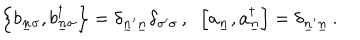
\left\{ b _ { \underline { { { n } } } \sigma } , b _ { \underline { { { n } } } \sigma } ^ { \dagger } \right\} = \delta _ { \underline { { { n } } } ^ { \prime } \underline { { { n } } } } \delta _ { \sigma ^ { \prime } \sigma } \, , \; \; \left[ a _ { \underline { { { n } } } } , a _ { \underline { { { n } } } } ^ { \dagger } \right] = \delta _ { \underline { { { n } } } ^ { \prime } \underline { { { n } } } } \, .